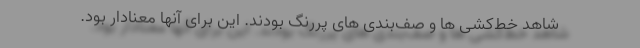
شاهد خط‌کشی ها و صف‌بندی های پررنگ بودند. این برای آنها معنادار بود.